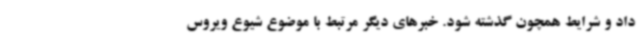
داد و شرایط همچون گذشته شود. خبرهای دیگر مرتبط با موضوع شیوع ویروس